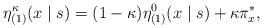
LaTeX: \begin{align*}\eta^{\kappa}_{(1)}(x\mid s) = (1-\kappa) \eta^0_{(1)}(x\mid s) + \kappa \pi^*_x, \end{align*}